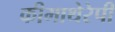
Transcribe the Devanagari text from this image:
कीमाथेरेपी